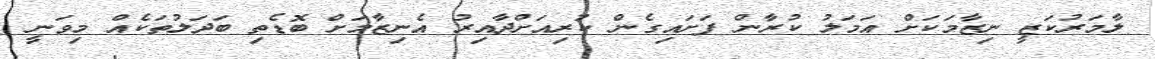
ލާމަރުކަޒީ ނިޒާމަކަށް އަމަލު ކުރާން ފަށައިގެން ކުރިއަށްދާއިރު އެނިޒާމަށް ބޮޑެތި ބަދަލުތަކެއް މިވަނީ